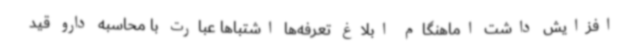
افزایش داشت اماهنگام ابلاغ تعرفه‌ها اشتباها عبارت با محاسبه دارو قید